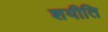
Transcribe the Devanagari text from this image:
शयीति